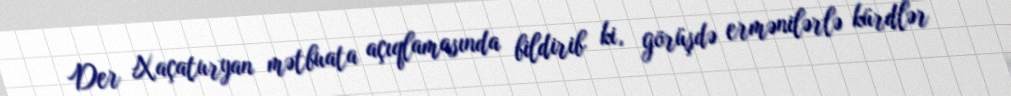
Der Xaçaturyan mətbuata açıqlamasında bildirib ki, görüşdə ermənilərlə kürdlər